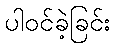
ပါဝင်ခဲ့ခြင်း